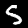
Digit: 5